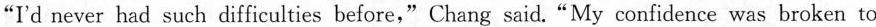
"I'd never had such difficulties before," Chang said."My confidence was broken to